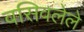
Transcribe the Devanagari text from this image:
वसिवलेले